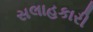
સલાહકારી